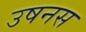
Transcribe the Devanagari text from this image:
उषनस